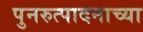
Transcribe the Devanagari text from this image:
पुनरुत्पादनाच्या